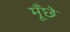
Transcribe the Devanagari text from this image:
मूँछे